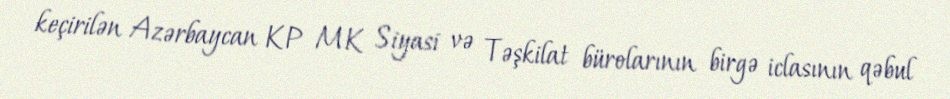
keçirilən Azərbaycan KP MK Siyasi və Təşkilat bürolarının birgə iclasının qəbul